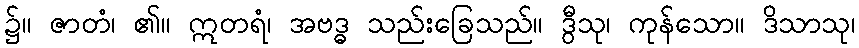
၌။ ဇာတံ၊ ၏။ ဣတရံ၊ အဗဒ္ဓ သည်းခြေသည်။ ဒွီသု၊ ကုန်သော။ ဒိသာသု၊